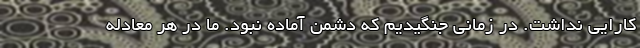
کارایی نداشت. در زمانی جنگیدیم که دشمن آماده نبود. ما در هر معادله